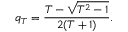
q _ { T } = \frac { T - \sqrt { T ^ { 2 } - 1 } } { 2 ( T + 1 ) } .